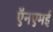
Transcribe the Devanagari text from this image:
ऍनएमई